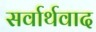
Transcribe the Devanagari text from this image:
सर्वार्थवाद